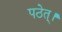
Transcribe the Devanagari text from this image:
पठेत्।